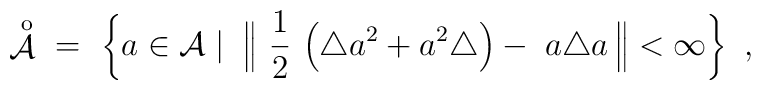
\displaystyle\mathop{{\mathcal A}}^{\;\,\rm o}\ = \ \left\{ a \in  {\mathcal A} \bigm|\; \Big\| \ \frac 1 2 \, \left( \triangle a^2 + a^2    \triangle\right) - \; a\triangle a\, \Big\| < \infty \right\} \ ,